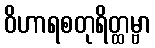
ဝိဟာရစတုရိတ္ထမ္ဗာ